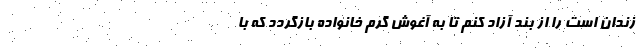
زندان است را از بند آزاد کنم تا به آغوش گرم خانواده بازگردد که با